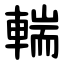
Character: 輲